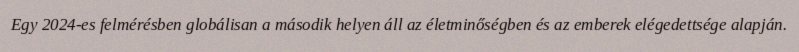
Egy 2024-es felmérésben globálisan a második helyen áll az életminőségben és az emberek elégedettsége alapján.